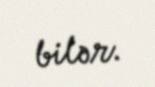
bilər.